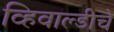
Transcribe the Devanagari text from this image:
व्हिवाल्डीचे